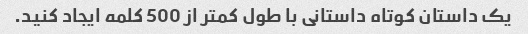
یک داستان کوتاه داستانی با طول کمتر از 500 کلمه ایجاد کنید.